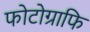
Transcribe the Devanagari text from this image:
फोटोग्राफि